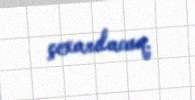
çıxarılacaq.